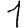
Digit: 1